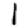
Digit: 1